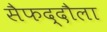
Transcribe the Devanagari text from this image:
सैफद्दौला